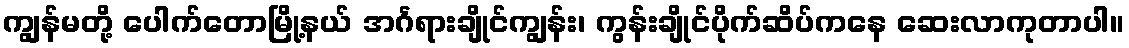
ကျွန်မတို့ ပေါက်တောမြို့နယ် အင်္ဂရားချိုင်ကျွန်း၊ ကွန်းချိုင်ပိုက်ဆိပ်ကနေ ဆေးလာကုတာပါ။